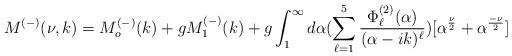
LaTeX: \begin{align*}M^{(-)}(\nu,k)=M^{(-)}_o(k)+ gM_1^{(-)}(k)+g\int_{1}^{\infty}d\alpha(\sum_{\ell=1}^{5}\frac{\Phi_{\ell}^{(2)}(\alpha)}{(\alpha-ik)^{\ell}})[\alpha^{\frac{\nu}{2}}+\alpha^{\frac{-\nu}{2}}]\end{align*}